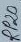
Text: RP20